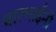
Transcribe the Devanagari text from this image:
बारभाईंनी